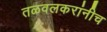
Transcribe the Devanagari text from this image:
तळवलकरांनीच